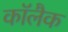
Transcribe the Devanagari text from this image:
कॉलैक